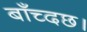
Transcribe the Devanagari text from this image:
बाँच्दछ।